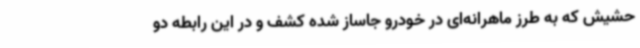
حشیش که به طرز ماهرانه‌ای در خودرو جاساز شده کشف و در این رابطه دو